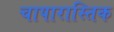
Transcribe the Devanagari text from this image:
चापारास्तिक